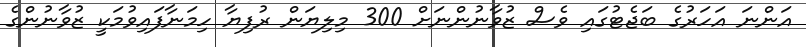
އަންނަ އަހަރުގެ ބަޖެޓުގައި ވެސް ޒުވާނުންނަށް 300 މިލިޔަން ރުފިޔާ ހިމަނާފައިވުމަކީ ޒުވާނުންގެ